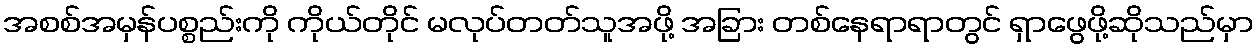
အစစ်အမှန်ပစ္စည်းကို ကိုယ်တိုင် မလုပ်တတ်သူအဖို့ အခြား တစ်နေရာရာတွင် ရှာဖွေဖို့ဆိုသည်မှာ